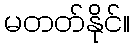
မတတ်နိုင်။